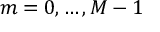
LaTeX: m = 0 , \ldots , M - 1